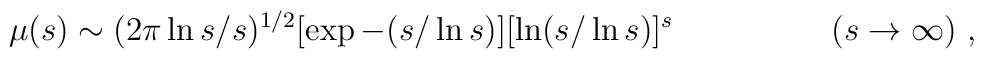
\mu (s)\sim (2\pi\ln s/s)^{1/2} [\exp -(s/\ln s)]          [\ln (s/\ln s)]^s  \hspace{2cm}    (s\rightarrow\infty)\ ,